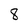
Character: 8